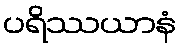
ပရိဿယာနံ